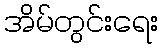
အိမ်တွင်းရေး